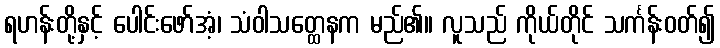
ရဟန်းတို့နှင့် ပေါင်းဖော်အံ့၊ သံဝါသတ္ထေနက မည်၏။ လူသည် ကိုယ်တိုင် သင်္ကန်းဝတ်၍